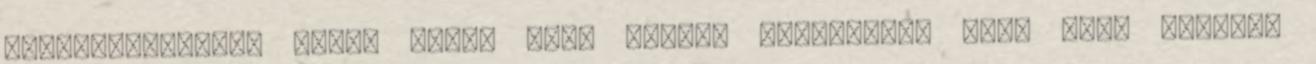
világszínvonalú műfű, UEFA, FIFA licenc dekorációs műfű több színben